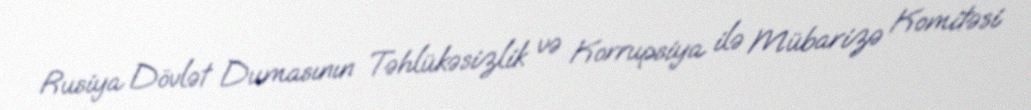
Rusiya Dövlət Dumasının Təhlükəsizlik və Korrupsiya ilə Mübarizə Komitəsi